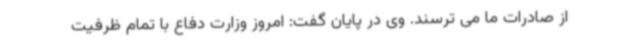
از صادرات ما می ترسند. وی در پایان گفت: امروز وزارت دفاع با تمام ظرفیت